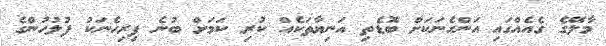
މާލޭގެ ގެއެއްގައި އަންހެނަކަށް ބޮޑެތި އަނިޔާތަކެއް ކުރި ކަމަށް ބުނެ ފިރިހެނަކު ފުލުހުންގެ